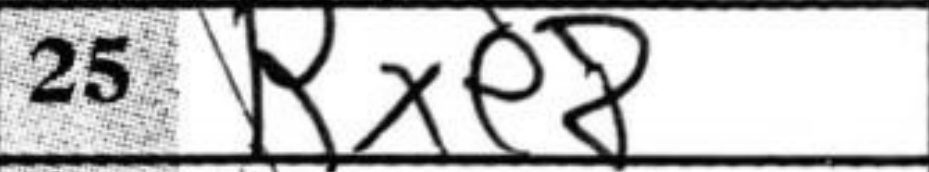
Transcription: Rxe8